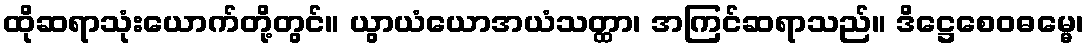
ထိုဆရာသုံးယောက်တို့တွင်။ ယွာယံယောအယံသတ္ထာ၊ အကြင်ဆရာသည်။ ဒိဋ္ဌေစေဝဓမ္မေ၊